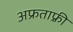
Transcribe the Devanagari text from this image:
अफ्रताफ़्री